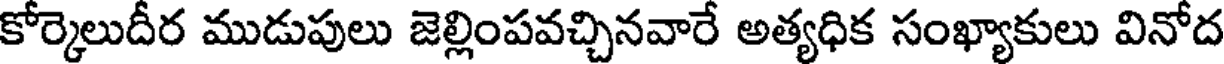
కోర్కెలుదీర ముడుపులు జెల్లింపవచ్చినవారే అత్యధిక సంఖ్యాకులు వినోద